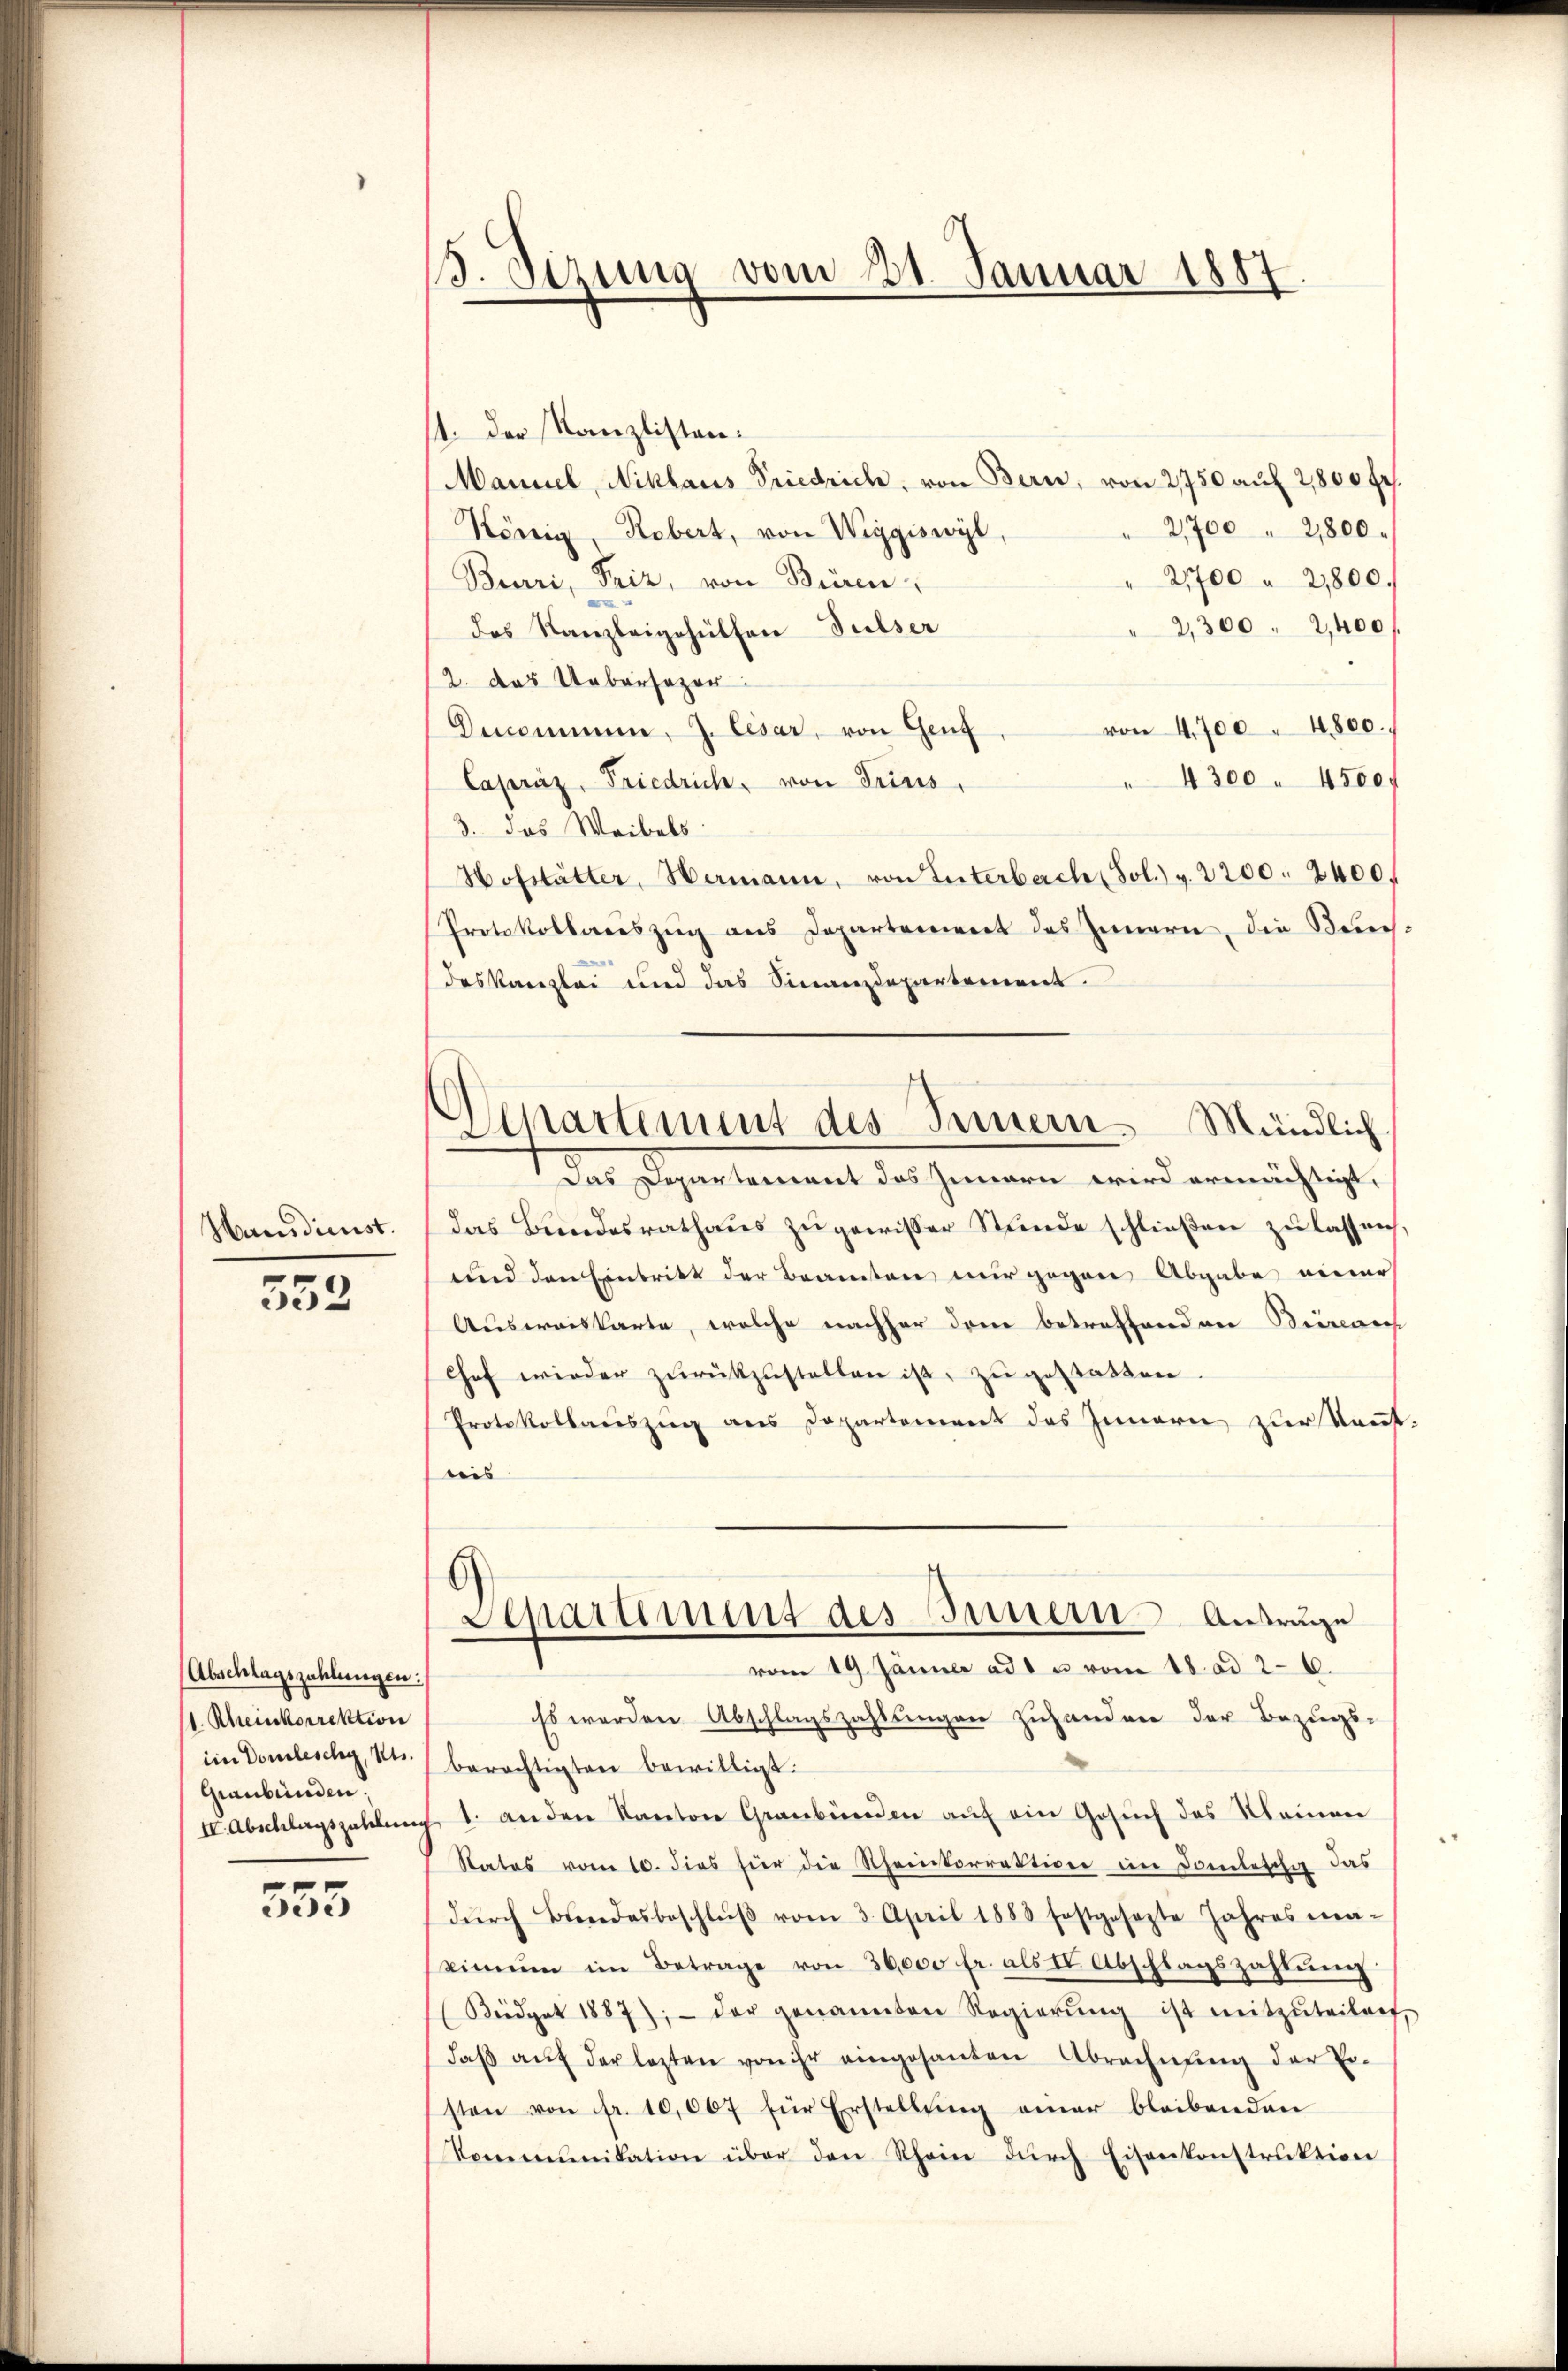
Hanidienst.

552.

Abschlagszahlungen:
(1. Rheinkorrektion
im Domeleschy, Ns.
Graubünden;
IV. Abschlagszahlen

555

13. Sizung vom 21. Januar 1887

1. Der Kanzlisten.
Manuel, Niklaus Friedrich, von Bern, von 2750 auf 2800 fr.
2,700 " 21800.
König, Robert, von Wiggiswyl,
2,700 " 21800.
Barri, Priz, von Bieren
2,300 " 2,400
das Kanzleigehülfen Fulser
2. das Uebersezer:
von 4,700 " 4800.
Decommen. J. Cesar, von Genf,
4300. 4500.
Capraz, Friedrich, von Trius,
3. das Weibels
Hofstätter, Hermann, von Interberch (Sol. v. 2200. 2400.
Protokollareszug aus Departement des Innern, die Rechdes Kanzlei und das Sinanzdepartement.
Das Departement des Innern wird ermächtigt,
das Bundesrathaŭs zŭ gewisser Stunde schlieβen zŭ lassen.
und den Eintritt der Beamten nur gegen Abgabe einer
Ausweiskarte, welche nachher drei betreffenden Bierarch
Chef wieder zurückzustellen ist, zu gestatten
Protokollauszug aus Departement des Innern zur Kenntreis
6)
Departiment des Innern Anträge
vom 19. Jänner ad 1 u vom 18. ad 26.
Es werden Abschlagszahlungen zuhanden der Bezugs-
berechtigten bewilligt.
1. anden Kanton Graubünden aŭf ein Gesŭch des Kleinen
Rates vom 10. dies für die Rheinkorrektion im Domletta das
dŭrch Bundesbeschlŭβ vom 3. April 1888 festgesezte Jahres ma-
kinen im Betrage von 36,000 fr. als II. Abschlagszahlung
Büdget 1887); - der genannten Regierŭng ist mitzŭteilen,
daβ aŭf der lezten von ihr eingesanten Abrechnung der Er-
sten von fr. 10,007 für Erstellŭng einer bleibenden
Kommunikation über den Rhein dŭrch Eisenkonstrŭktion

Separtement des Innern. Mündlich,